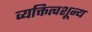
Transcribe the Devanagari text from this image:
व्यक्तित्वशून्य